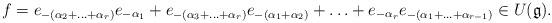
LaTeX: \begin{align*}f = e_{-(\alpha_2 + \ldots + \alpha_r)} e_{-\alpha_1} + e_{-(\alpha_3 + \ldots + \alpha_r)} e_{-(\alpha_1 + \alpha_2)} + \ldots + e_{-\alpha_r} e_{-(\alpha_1 + \ldots + \alpha_{r-1})} \in U(\mathfrak g).\end{align*}